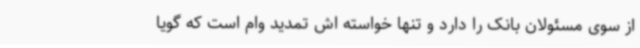
از سوی مسئولان بانک را دارد و تنها خواسته اش تمدید وام است که گویا